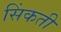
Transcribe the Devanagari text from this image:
सिंकती